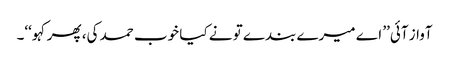
آواز آئی’’ اے میرے بندے تو نے کیا خوب حمد کی، پھر کہو‘‘۔